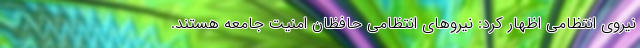
نیروی انتظامی اظهار کرد: نیروهای انتظامی حافظان امنیت جامعه هستند.